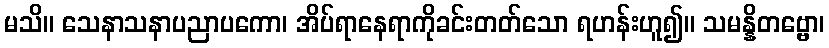
မသိ။ သေနာသနာပညာပကော၊ အိပ်ရာနေရာကိုခင်းတတ်သော ရဟန်းဟူ၍။ သမန္နိတဗ္ဗော၊